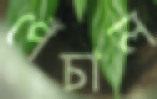
পেঁচাল